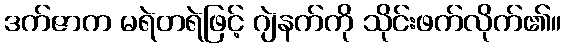
ဒက်ဇာက မရဲတရဲဖြင့် ဂျဲနက်ကို သိုင်းဖက်လိုက်၏။